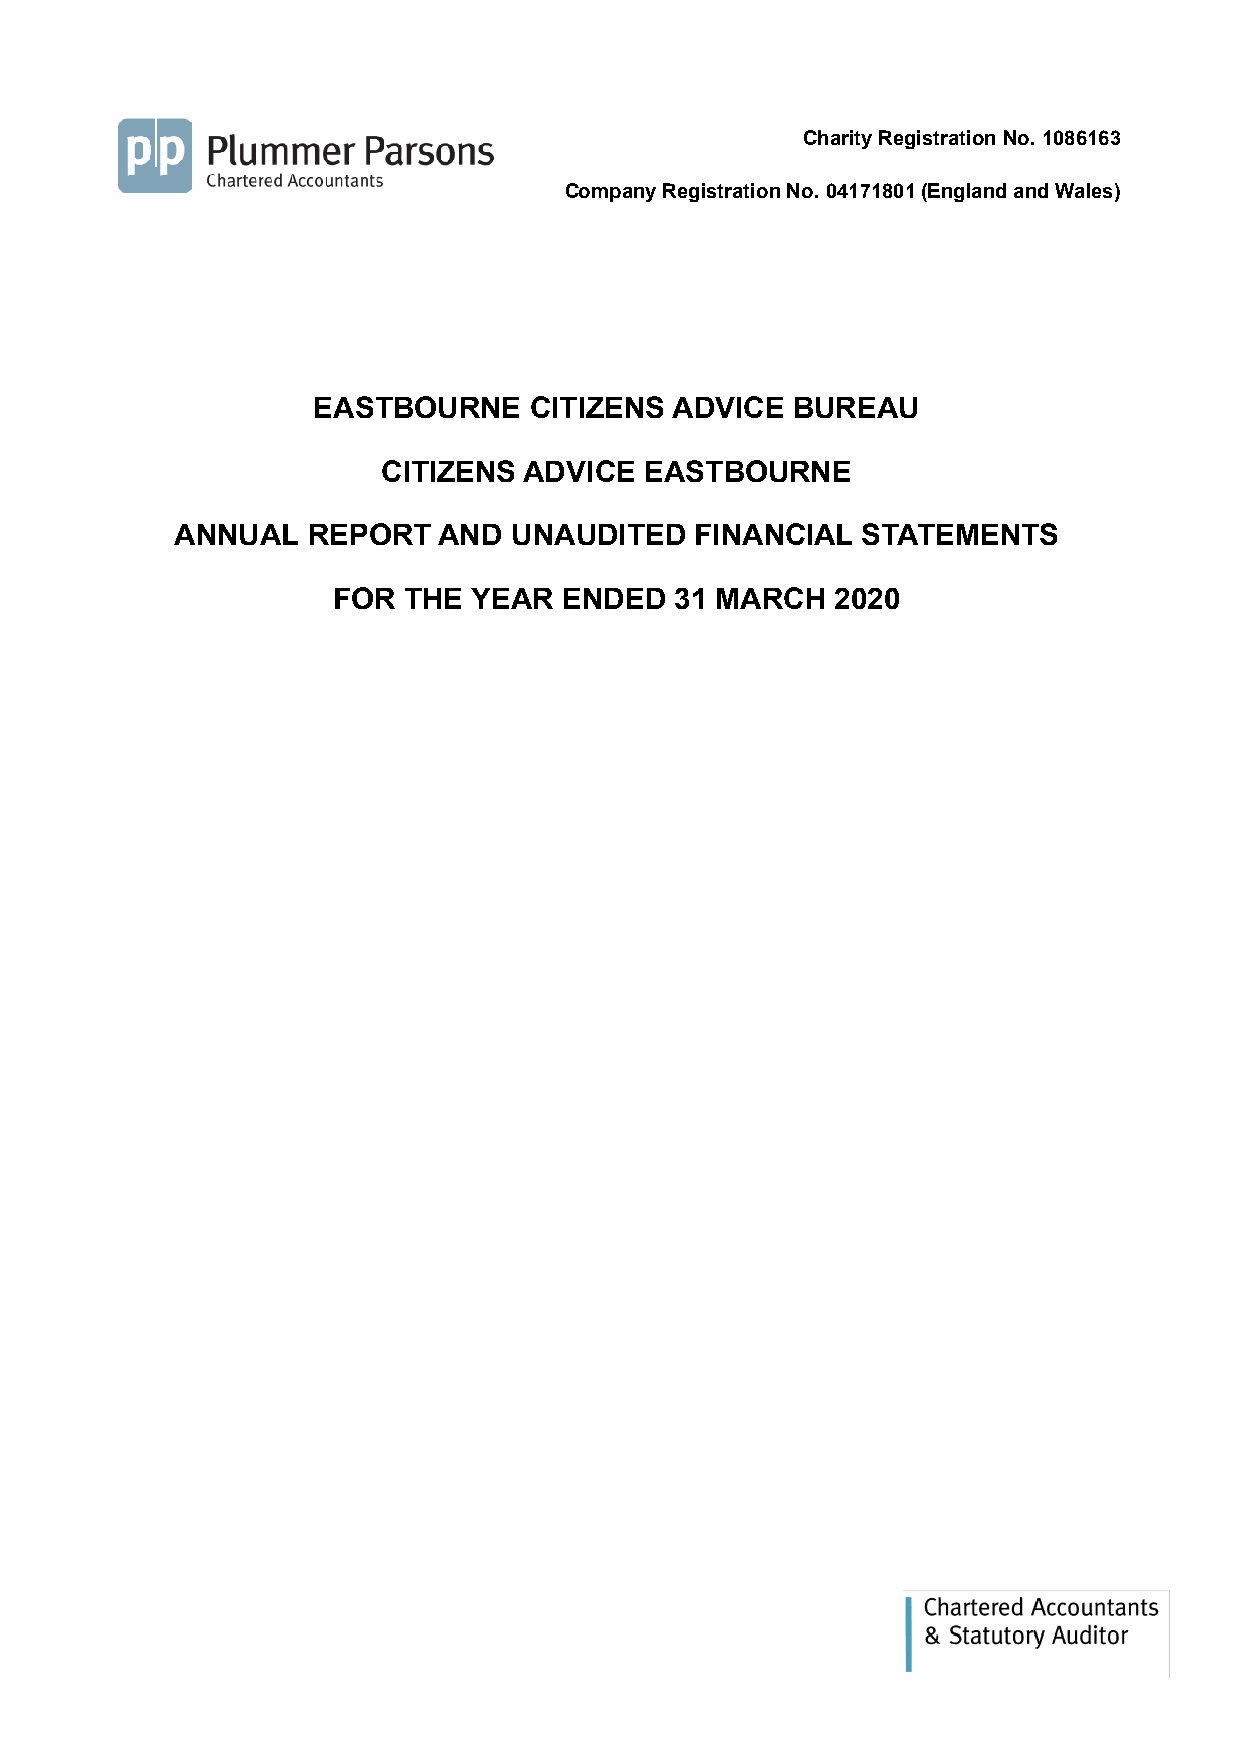
Charity Registration No. 1086163
 Company Registration No. 04171801 (England and Wales)
 EASTBOURNE    CITIZENS ADVICE  BUREAU
 CITIZENS  ADVICE  EASTBOURNE
 ANNUAL  REPORT   AND  UNAUDITED   FINANCIAL  STATEMENTS
 FOR  THE YEAR  ENDED   31 MARCH  2020